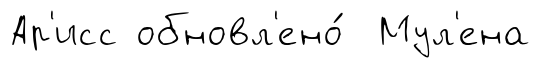
Ар'исс обновл'ено́ Мул'ена